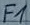
Text: F1